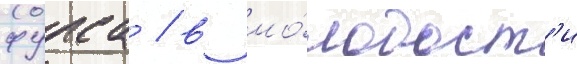
фурса / в мо́лодост'и